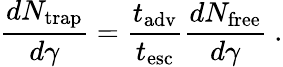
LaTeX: \frac{dN_{\mathrm{trap}}}{d\gamma}=\frac{t_{\mathrm{adv}}}{t_{\mathrm{esc}}}\frac{dN_{\mathrm{free}}}{d\gamma}~.